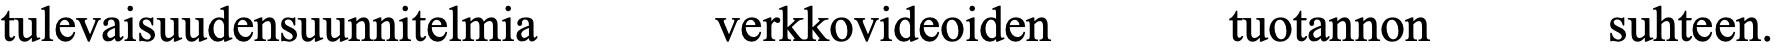
tulevaisuudensuunnitelmia verkkovideoiden tuotannon  suhteen.